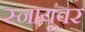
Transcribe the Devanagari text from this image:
स्नायूंवर